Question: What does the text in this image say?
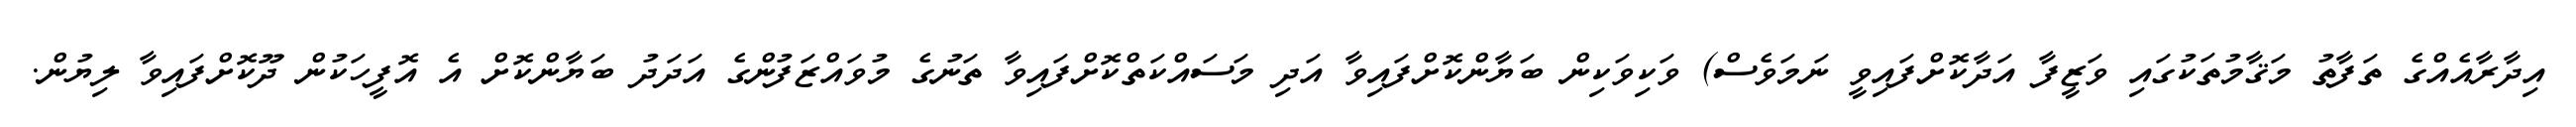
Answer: އިދާރާއެއްގެ ތަފާތު މަޤާމުތަކުގައި ވަޒީފާ އަދާކޮށްފައިވީ ނަމަވެސް) ވަކިވަކިން ބަޔާންކޮށްފައިވާ އަދި މަސައްކަތްކޮށްފައިވާ ތަނުގެ މުވައްޒަފުންގެ އަދަދު ބަޔާންކޮށް އެ އޮފީހަކުން ދޫކޮށްފައިވާ ލިޔުން.